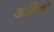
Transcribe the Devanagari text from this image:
अफ्रीको